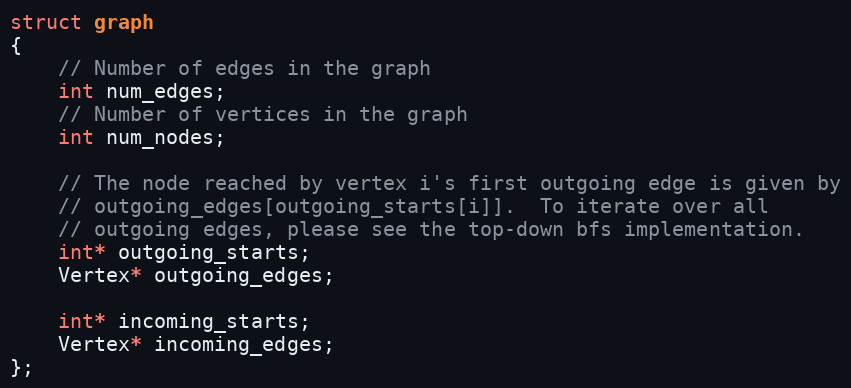
Language: C
struct graph
{
    // Number of edges in the graph
    int num_edges;
    // Number of vertices in the graph
    int num_nodes;

    // The node reached by vertex i's first outgoing edge is given by
    // outgoing_edges[outgoing_starts[i]].  To iterate over all
    // outgoing edges, please see the top-down bfs implementation.
    int* outgoing_starts;
    Vertex* outgoing_edges;

    int* incoming_starts;
    Vertex* incoming_edges;
};